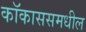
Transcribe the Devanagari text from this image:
कॉकाससमधील